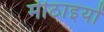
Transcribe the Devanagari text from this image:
मीठाइयों